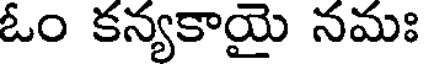
ఓం కన్యకాయై నమః